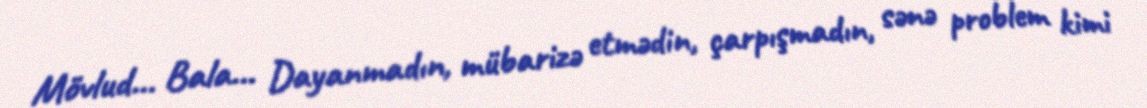
Mövlud... Bala... Dayanmadın, mübarizə etmədin, çarpışmadın, sənə problem kimi